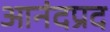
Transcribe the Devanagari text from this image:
आनंदप्रद